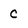
Character: C